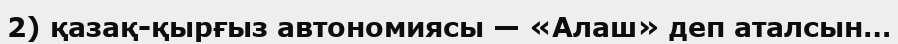
2) қазақ-қырғыз автономиясы — «Алаш» деп аталсын…